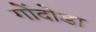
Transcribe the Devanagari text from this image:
गोंदोडा